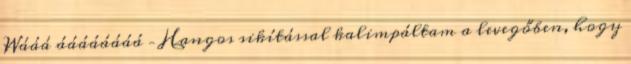
Wááá áááááááá – Hangos sikítással kalimpáltam a levegőben, hogy